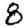
Digit: 8